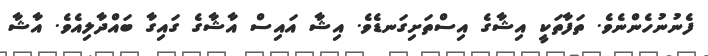
ފެނުނުހެންނެވެ. ތަފާތަކީ އިޝާގެ އިސްތަށިގަނޑެވެ. އިޝާ އައިސް އާޝާގެ ގައިގާ ބައްދާލިއެވެ. އާޝާ